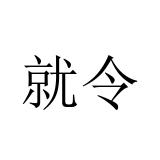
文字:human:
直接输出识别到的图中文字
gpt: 就令